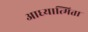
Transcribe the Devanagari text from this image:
आध्यात्मिता